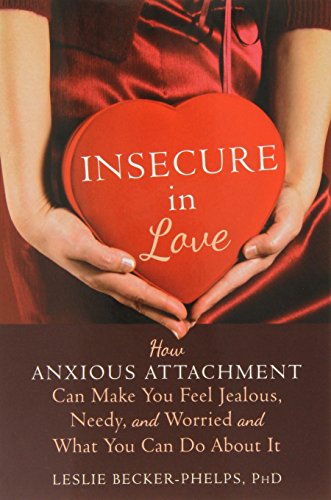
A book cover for Insecure in Love: How Anxious Attachment Can Make You Feel Jealous, Needy, and Worried and What You Can Do About It; Leslie Becker-Phelps PhD; Parenting & Relationships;